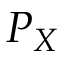
P _ { X }